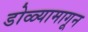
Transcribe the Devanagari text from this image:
डोळ्यामागून